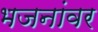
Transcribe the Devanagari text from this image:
भजनांवर